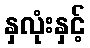
နှလုံးနှင့်